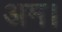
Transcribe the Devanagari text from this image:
अम।